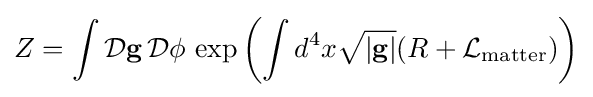
Z=\int {\mathcal {D}}\mathbf {g} \,{\mathcal {D}}\phi \,\exp \left(\int d^{4}x{\sqrt {|\mathbf {g} |}}(R+{\mathcal {L}}_{\mathrm {matter} })\right)